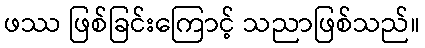
ဖဿ ဖြစ်ခြင်းကြောင့် သညာဖြစ်သည်။